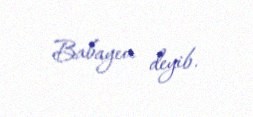
Babayev deyib.